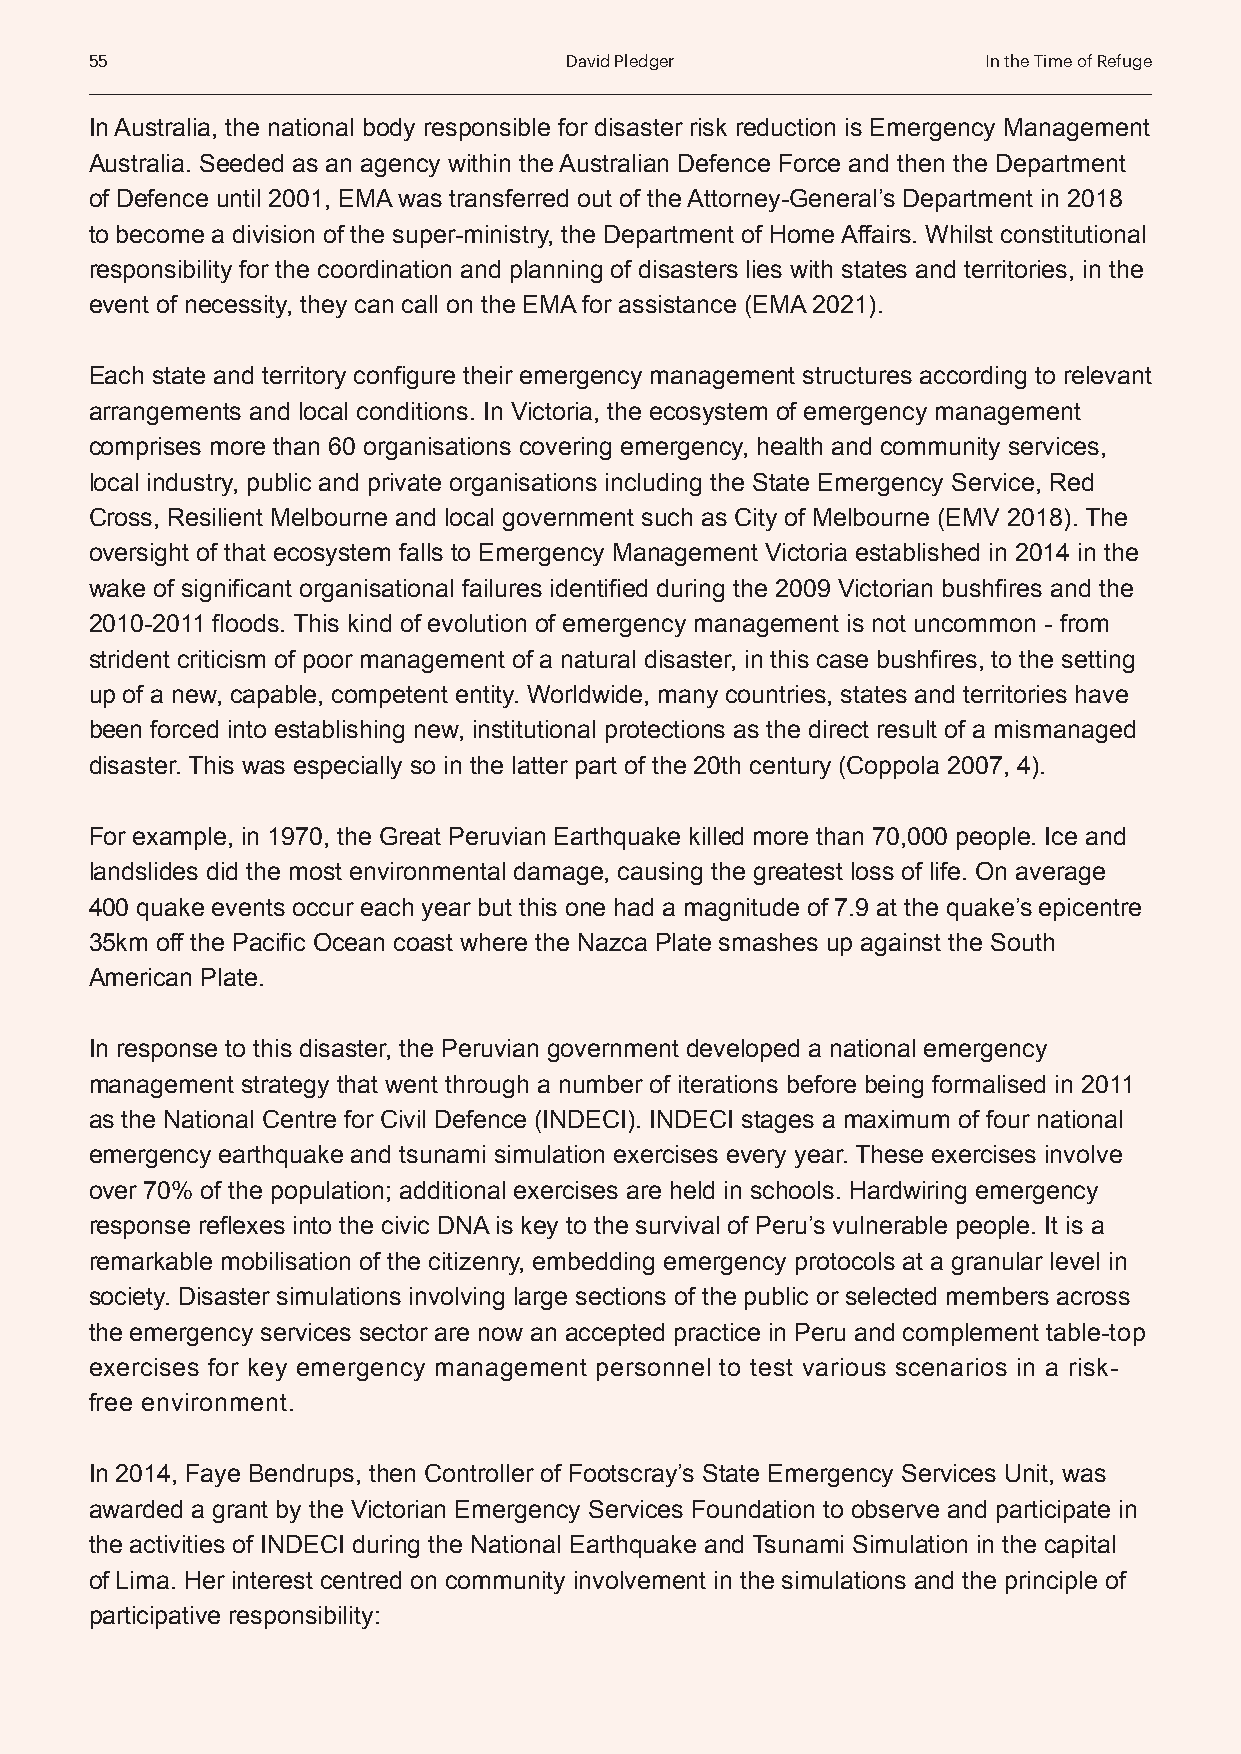
55                             David Pledger               In the Time of Refuge
 In Australia, the national body responsible for disaster risk reduction is Emergency Management
 Australia. Seeded as an agency within the Australian Defence Force and then the Department
 of Defence until 2001, EMA was transferred out of the Attorney-General’s Department in 2018
 to become a division of the super-ministry, the Department of Home Affairs. Whilst constitutional
 responsibility for the coordination and planning of disasters lies with states and territories, in the
 event of necessity, they can call on the EMA for assistance (EMA 2021).
 Each state and territory configure their emergency management structures according to relevant
 arrangements and local conditions. In Victoria, the ecosystem of emergency management
 comprises more than 60 organisations covering emergency, health and community services,
 local industry, public and private organisations including the State Emergency Service, Red
 Cross, Resilient Melbourne and local government such as City of Melbourne (EMV 2018). The
 oversight of that ecosystem falls to Emergency Management Victoria established in 2014 in the
 wake of significant organisational failures identified during the 2009 Victorian bushfires and the
 2010-2011 floods. This kind of evolution of emergency management is not uncommon - from
 strident criticism of poor management of a natural disaster, in this case bushfires, to the setting
 up of a new, capable, competent entity. Worldwide, many countries, states and territories have
 been forced into establishing new, institutional protections as the direct result of a mismanaged
 disaster. This was especially so in the latter part of the 20th century (Coppola 2007, 4).
 For example, in 1970, the Great Peruvian Earthquake killed more than 70,000 people. Ice and
 landslides did the most environmental damage, causing the greatest loss of life. On average
 400 quake events occur each year but this one had a magnitude of 7.9 at the quake’s epicentre
 35km off the Pacific Ocean coast where the Nazca Plate smashes up against the South
 American Plate.
 In response to this disaster, the Peruvian government developed a national emergency
 management strategy that went through a number of iterations before being formalised in 2011
 as the National Centre for Civil Defence (INDECI). INDECI stages a maximum of four national
 emergency earthquake and tsunami simulation exercises every year. These exercises involve
 over 70% of the population; additional exercises are held in schools. Hardwiring emergency
 response reflexes into the civic DNA is key to the survival of Peru’s vulnerable people. It is a
 remarkable mobilisation of the citizenry, embedding emergency protocols at a granular level in
 society. Disaster simulations involving large sections of the public or selected members across
 the emergency services sector are now an accepted practice in Peru and complement table-top
 exercises for key emergency management personnel to test various scenarios in a risk-
 free environment.
 In 2014, Faye Bendrups, then Controller of Footscray’s State Emergency Services Unit, was
 awarded a grant by the Victorian Emergency Services Foundation to observe and participate in
 the activities of INDECI during the National Earthquake and Tsunami Simulation in the capital
 of Lima. Her interest centred on community involvement in the simulations and the principle of
 participative responsibility: